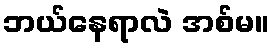
ဘယ်နေရာလဲ အစ်မ။